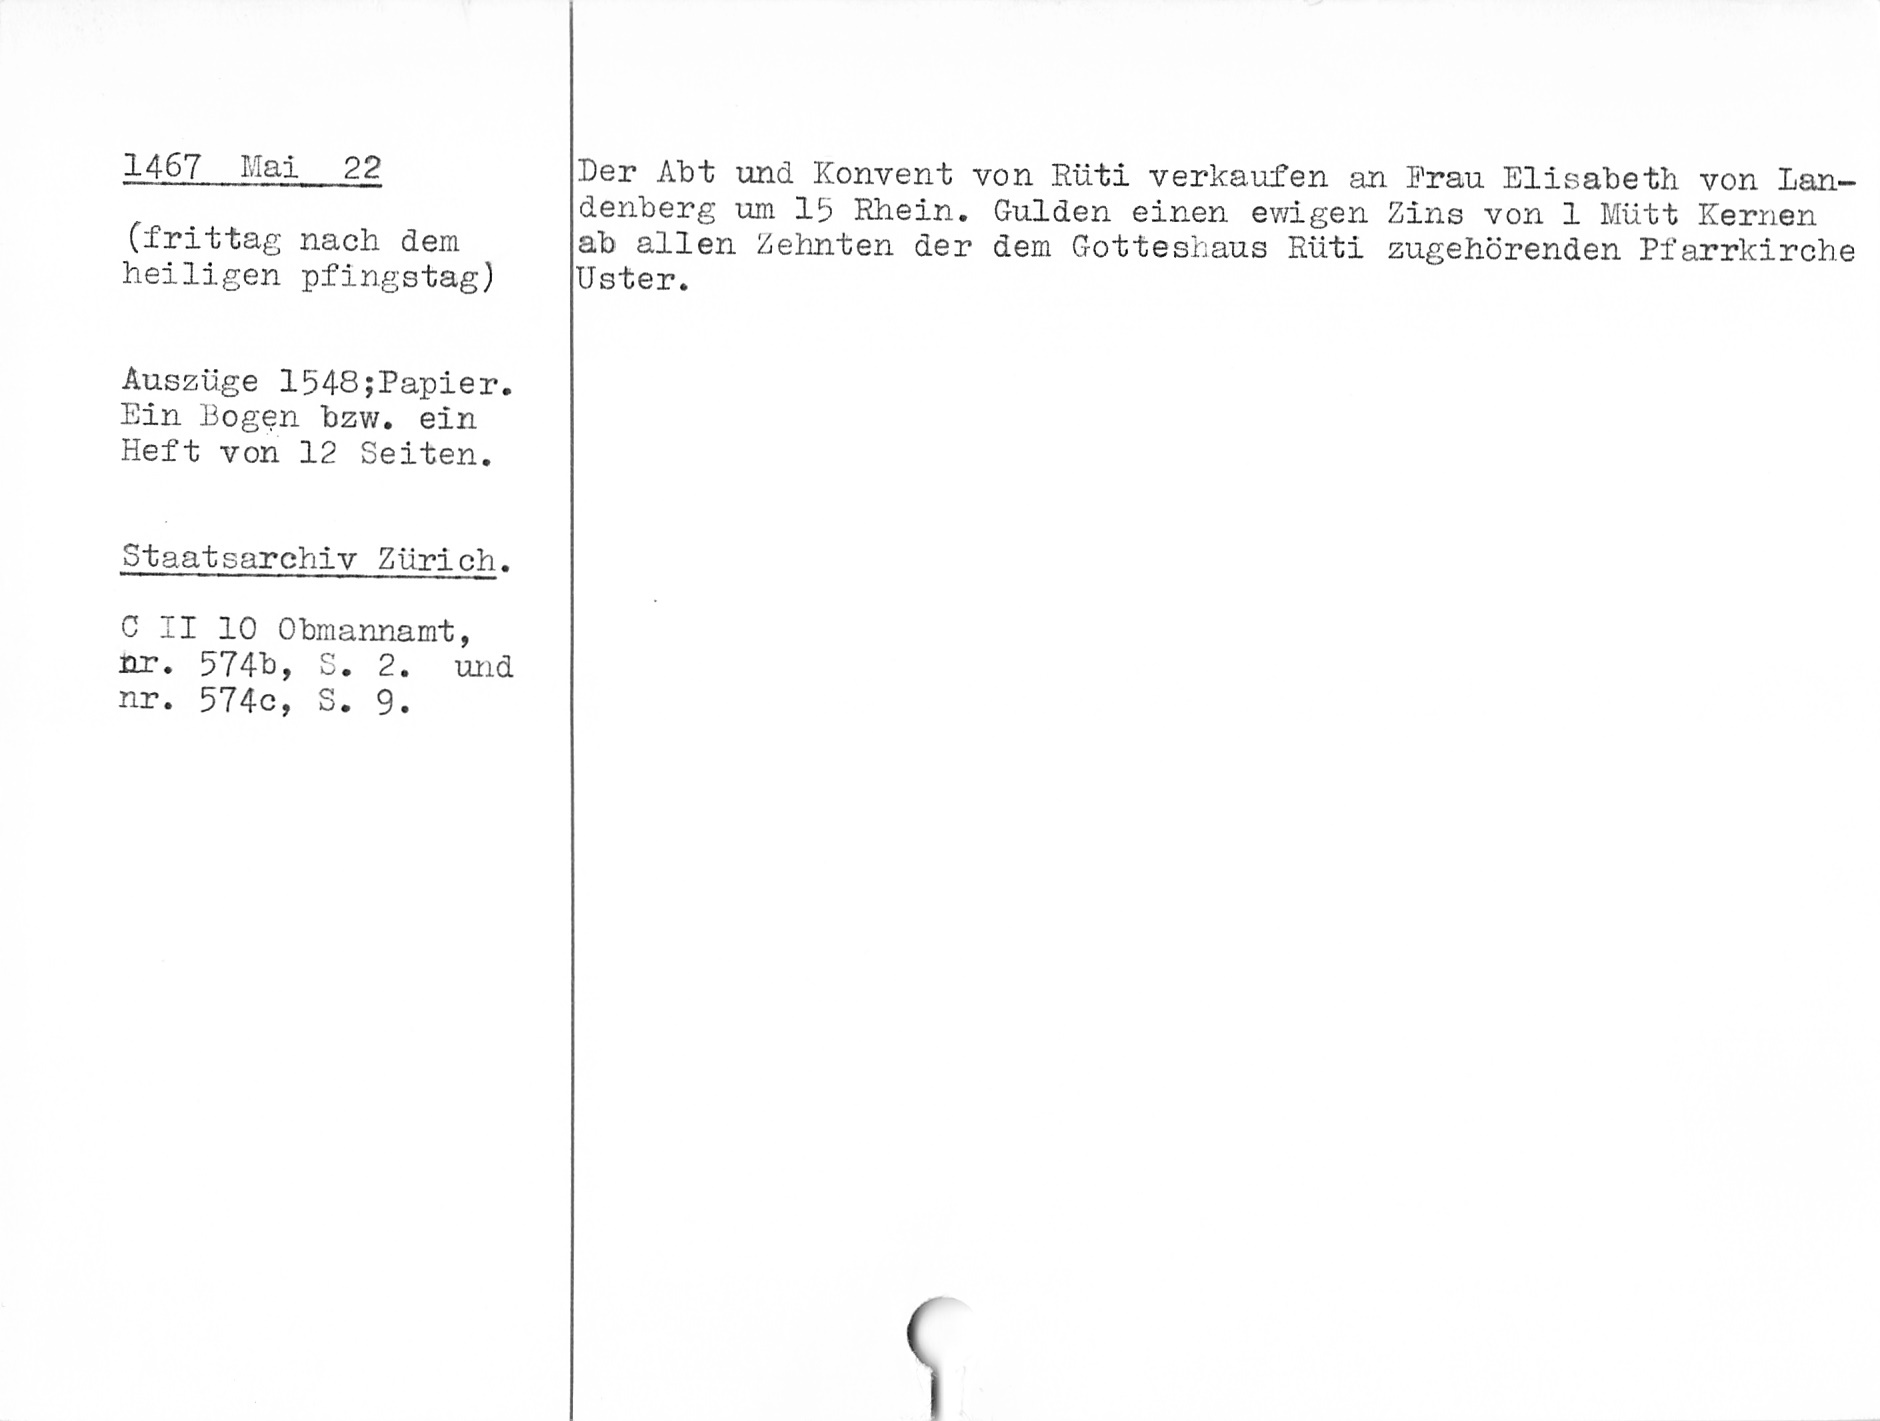
Der Abt und Konvent von Rüti verkaufen an Frau Elisabeth von Lan¬
denberg um 15 Rhein. Gulden einen ewigen Zins von 1 Mütt Kernen

1467 Mai 22
(frittag nach dem
heiligen pfingstag)
Auszüge 1548; Papier.
Ein Bogen bzw. ein
Heft von 12 Seiten.
Staatsarchiv Zürich.
C II 10 Obmannamt,
nr. 574b, S. 2. und
nr. 574c, S. 9.

ab allen Zehnten der dem Gotteshaus Rüti zugehörenden Pfarrkirche
Uster.